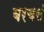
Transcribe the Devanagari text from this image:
बरचसं